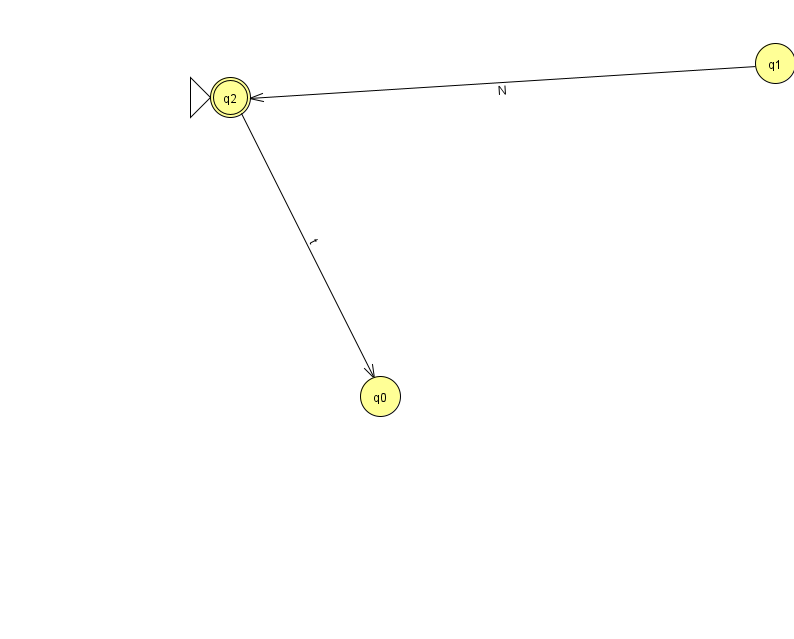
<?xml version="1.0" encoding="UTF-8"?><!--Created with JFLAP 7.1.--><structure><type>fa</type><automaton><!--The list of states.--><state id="0" name="q0"><x>380.0</x><y>383.0</y></state><state id="1" name="q1"><x>775.0</x><y>50.0</y></state><state id="2" name="q2"><x>230.0</x><y>84.0</y><initial/><final/></state><!--The list of transitions.--><transition><from>1</from><to>2</to><read>N</read></transition><transition><from>2</from><to>0</to><read>t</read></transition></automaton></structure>